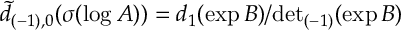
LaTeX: \tilde { d } _ { ( - 1 ) , 0 } ( \sigma ( \log A ) ) = d _ { 1 } ( \exp B ) / { \operatorname * { d e t } } _ { ( - 1 ) } ( \exp B )